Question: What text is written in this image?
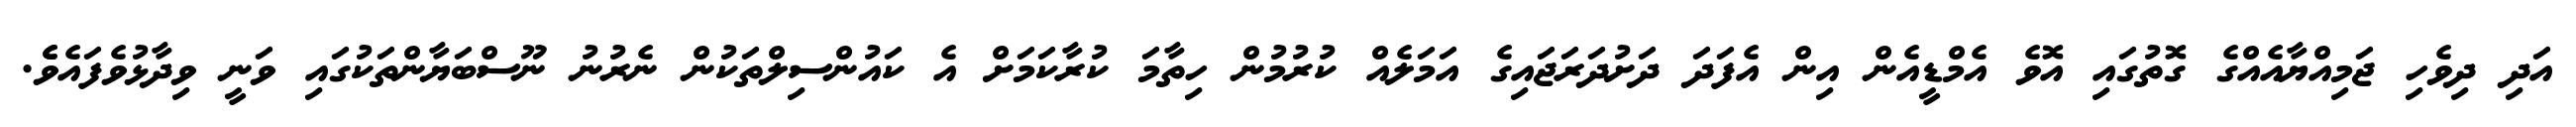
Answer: އަދި ދިވެހި ޖަމިއްޔާއެއްގެ ގޮތުގައި އޮވެ އެމްޑީއެން އިން އެފަދަ ދަށުދަރަޖައިގެ އަމަލެއް ކުރުމުން ހިތާމަ ކުރާކަމަށް އެ ކައުންސިލްތަކުން ނެރުނު ނޫސްބަޔާންތަކުގައި ވަނީ ވިދާޅުވެފައެވެެ.